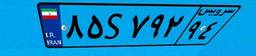
۸۵S۷۹۲۹۴